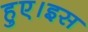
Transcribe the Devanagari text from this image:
हुए।इस